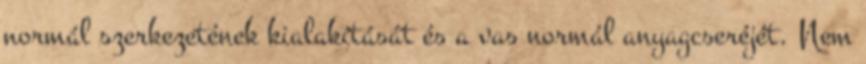
normál szerkezetének kialakítását és a vas normál anyagcseréjét. Nem